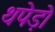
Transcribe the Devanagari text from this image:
थपेड़ो